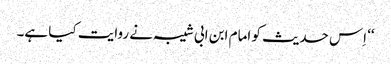
‘‘ اِس حدیث کو امام ابن ابی شیبہ نے روایت کیا ہے۔